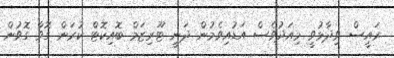
ރައީސް ވިދާޅުވީ މިއަދުވެސް އަޑުއިވެމުން ދަނީ ޓޫރިޒަމް ބޮއިކޮޓް ކުރަން ގޮވާ ގޮވުން